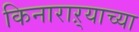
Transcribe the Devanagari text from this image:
किनाराऱ्याच्या